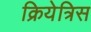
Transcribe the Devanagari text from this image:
क्रियेत्रिस